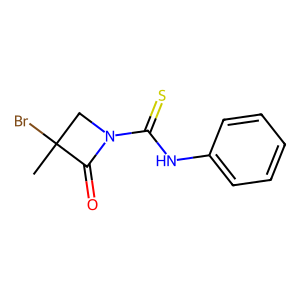
SMILES: CC1(Br)CN(C(=S)Nc2ccccc2)C1=O
Inhibits HIV replication: No